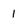
Character: 1